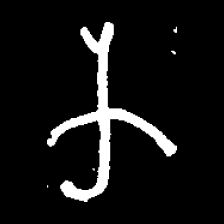
Pyu character \u2014 Myanmar letter: က (romanized: ka)